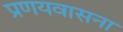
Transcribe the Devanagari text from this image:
प्रणयवासना